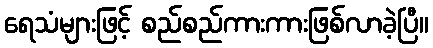
ရေသံများဖြင့် စည်စည်ကားကားဖြစ်လာခဲ့ပြီ။